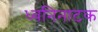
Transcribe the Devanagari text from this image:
ध्वनिनाटक